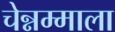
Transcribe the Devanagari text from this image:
चेन्नम्माला